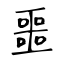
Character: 噩